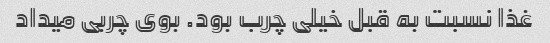
غذا نسبت به قبل خیلی چرب بود. بوی چربی میداد